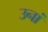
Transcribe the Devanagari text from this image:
उनां